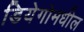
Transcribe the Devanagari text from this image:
डियेगोमधील